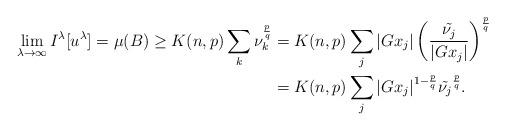
LaTeX: \begin{align*}\lim_{\lambda \to \infty} I^\lambda[u^\lambda] = \mu(B) \geq K(n,p) \sum_k \nu_k^\frac{p}{q} &= K(n,p) \sum_j |Gx_j| \left(\frac{\tilde{\nu_j}}{|Gx_j|}\right)^\frac{p}{q} \\ &= K(n,p) \sum_j |Gx_j|^{1 - \frac{p}{q}} \tilde{\nu_j}^\frac{p}{q}. \end{align*}